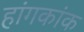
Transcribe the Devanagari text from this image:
हांगकांक